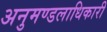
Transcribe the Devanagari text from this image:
अनुमण्डलाधिकारी